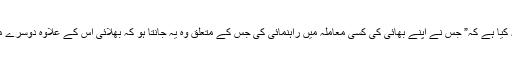
سلیمان مہری نے اپنی روایت میں اتنا اضافہ کیا ہے کہ” جس نے اپنے بھائی کی کسی معاملہ میں راہنمائی کی جس کے متعلق وہ یہ جانتا ہو کہ بھلائی اس کے علاوہ دوسرے میں ہے تو اس نے اس کے ساتھ خیانت کی”۔